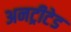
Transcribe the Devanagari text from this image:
अनट्रीटेड